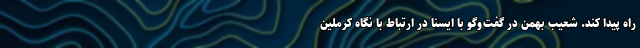
راه پیدا کند. شعیب بهمن در گفت‌وگو با ایسنا در ارتباط با نگاه کرملین